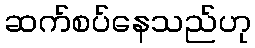
ဆက်စပ်နေသည်ဟု